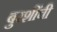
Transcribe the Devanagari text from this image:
बुरशींची